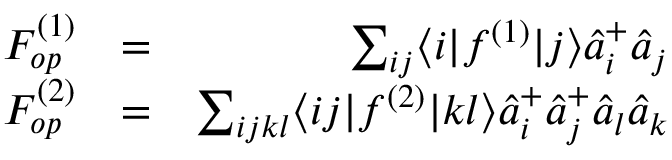
\begin{array} { r l r } { F _ { o p } ^ { ( 1 ) } } & { = } & { \sum _ { i j } \langle i | f ^ { ( 1 ) } | j \rangle \hat { a } _ { i } ^ { + } \hat { a } _ { j } } \\ { F _ { o p } ^ { ( 2 ) } } & { = } & { \sum _ { i j k l } \langle i j | f ^ { ( 2 ) } | k l \rangle \hat { a } _ { i } ^ { + } \hat { a } _ { j } ^ { + } \hat { a } _ { l } \hat { a } _ { k } } \end{array}